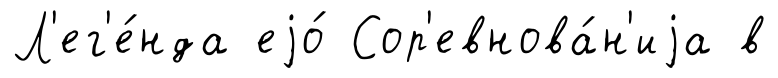
Л'ег'е́нда еjо́ Сор'евнова́н'иjа в